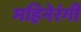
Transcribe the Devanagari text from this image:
महिनेरंगी